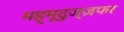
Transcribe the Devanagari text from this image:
मह्मूदुज्ज़फर